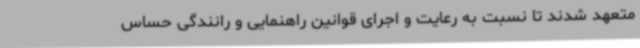
متعهد شدند تا نسبت به رعایت و اجرای قوانین راهنمایی و رانندگی حساس